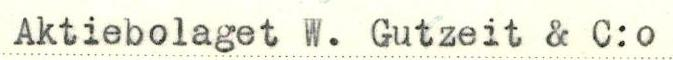
Aktiebolaget W. Gutzeit & C:o